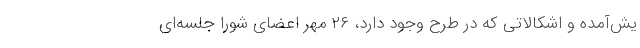
یش‌آمده و اشکالاتی که در طرح وجود دارد، ۲۶ مهر اعضای شورا جلسه‌ای